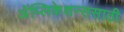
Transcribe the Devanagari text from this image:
अॅप्लिकेशन्ससाठी